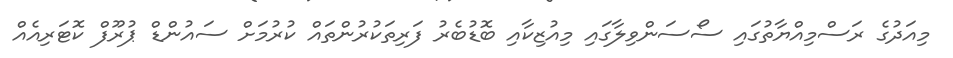
މިއަދުގެ ރަސްމިއްޔާތުގައި ސޯސަންވިލާގައި މިއުޒިކާއި ބޮޑުބެރު ފަރިތަކުރުންތައް ކުރުމަށް ސައުންޑް ޕުރޫފް ކޮޓަރިއެއް